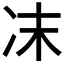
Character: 𠖾